Annual statistical returns and brief notes on vaccination in Bengal - 1909-1929
Year: 1909
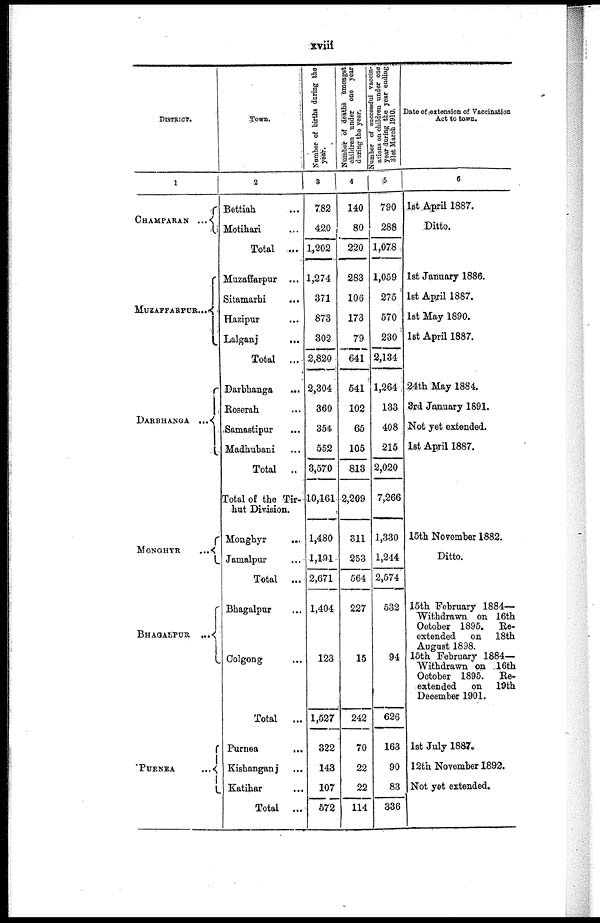
xviii
DISTRICT.
1
CHAMPARAN. . .
MUZAFFARPUR...
DARBHANGA. . .
MONGHYR...
BHAGALPUR...
PURNEA...
Town.
2
Bettiah... ...
Motihari... ...
Total...
Muzaffarpur... ...
Sitamarhi... ...
Hazipur... ...
Lalganj... ...
Total... ...
Darbhanga... ...
Roserah... ...
Samastipur... ...
Madhubani... ...
Total...
Total of the Tir-
hut Division.
Monghyr...
...
Jamalpur... ...
Total...
Bhagalpur... ...
Colgong... ...
Total...
Purnea...
...
Kishanganj... ...
Katihar... ...
Total...
Number of births during the
year.
3
782
420
1,202
1,274
371
873
302
2,820
2,304,
360
354
552
3,570
10,161
1,480
1,191
2,671
1,404
123
1,527
322
143
107
572
Number of deaths Amongst
children under one year
during the year.
4
140
80
220
283
106
173
79
641
541
102
65
105
813
2,209
311
253
564
227
15
242
70
22
22
114
Number of successful vaccin-
ations on children under one
year during the year ending
31st March 1910.
5
790
288
1,078
1,059
275
570
230
2,134
1,264
133
408
215
2,020
7,266
1,330
1,244
2,574
532
94
626
163
90
83
336
Date of extension of Vaccination
Act to town.
6
1st April 1887.
Ditto.
1st January 1886.
1st Apsril 1887.
1st May 1890.
1st April 1887.
24th May 1884.
3rd January 1891.
Not yet extended.
1st April 1887.
15th November 1882.
Ditto.
15th February 1884—
Withdrawn on 16th
October 1895. Re-
extended on 18th
August 1898.
15th February 1884—
Withdrawn on 16th
October 1895. Re-
extended on 19th
December 1901.
1st July 1887.
12th November 1892.
Not yet extended.